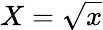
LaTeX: X=\sqrt{x}